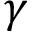
\gamma